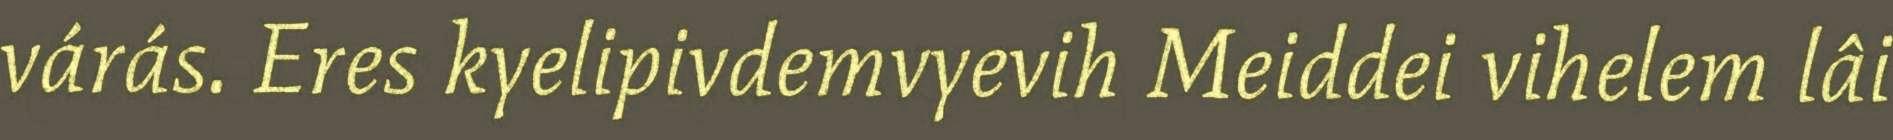
várás. Eres kyelipivdemvyevih Meiddei vihelem lâi